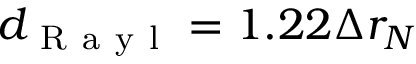
d _ { \mathrm { ~ R ~ a ~ y ~ l ~ } } = 1 . 2 2 \Delta r _ { N }